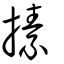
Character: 㨞